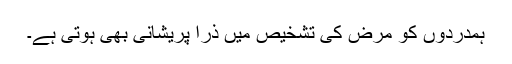
ہمدردوں کو مرض کی تشخیص میں ذرا پریشانی بھی ہوتی ہے۔